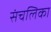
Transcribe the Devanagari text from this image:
संचलिका